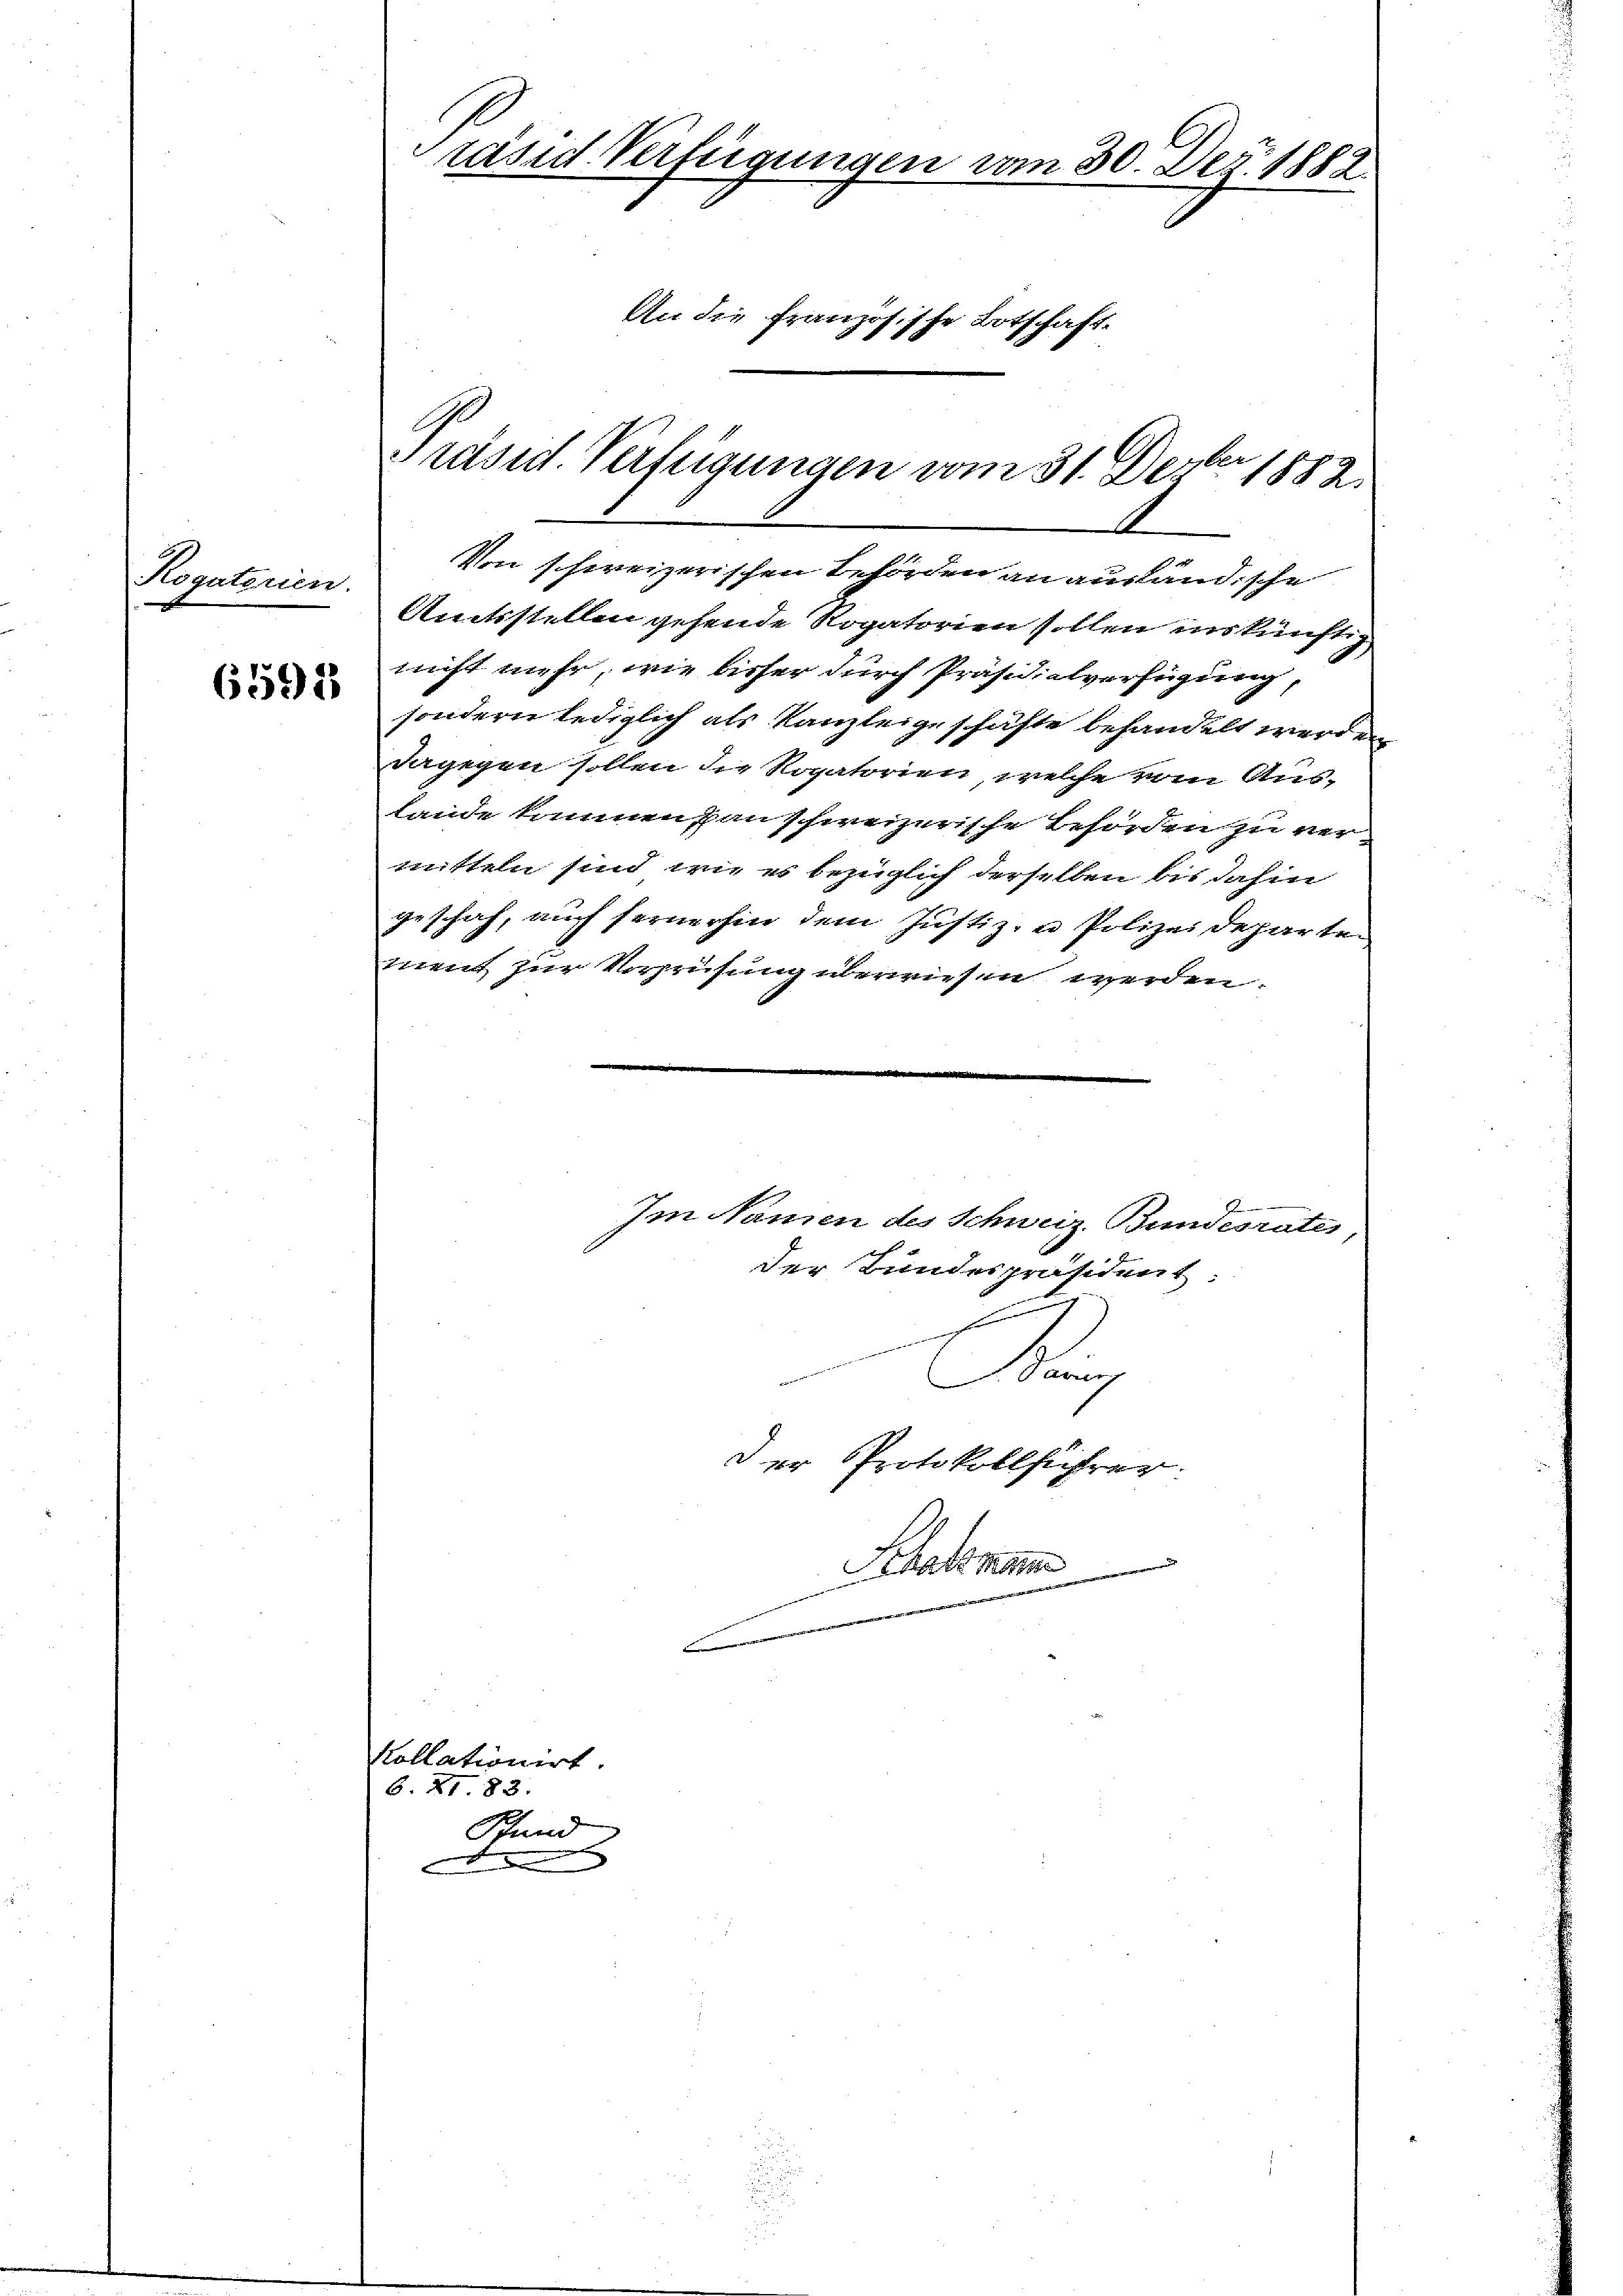
Rogaterien.

659) 25

und Verfügungen vom 30. Dez. 1882
An die französische Botschaft-

räsid. Verfügungen vom 31. Dezbr. 1889.
A

Von schweizerischen Behörden an ausländische
Antsstellen gehende Rogatorien sollen inskünftig
nicht mehr, wie bisher durch Präsidialverfügung
sondern lediglich als Kanzleige schäfte behandelt werde
dagegen sollen die Rogatorien, welche vom Aus-
Lande kommen an schweizerische Behörden zu ver-
mitteln sind, wie es bezüglich derselben bis dahin
geschaf, auch fernerhin dem Justiz- u Polizeideparten
ment zur Vorprüfung überwiesen werden.

Kollationirt.
6. XI. 83.
tenen
Stum
d

Im Namen des Schweiz. Bundesrates
der Bundespräsident
2
Sennh

Der Protokollführer
Statt mann
e